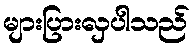
များပြားလှပါသည်